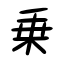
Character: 乗